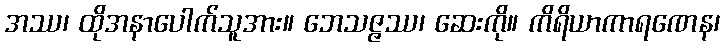
အဿ၊ ထိုအနာပေါက်သူအား။ ဘေသဇ္ဇဿ၊ ဆေးကို။ ကိရိယာကာရဏေန၊